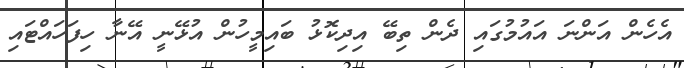
އެހެން އަންނަ އައުމުގައި ދެން ތިބޭ އިދިކޮޅު ބައިމީހުން އުޅޭނީ އޭނާ ހިފަހައްޓައި